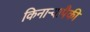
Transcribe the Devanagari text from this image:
किनाऱ्यापैकी